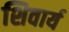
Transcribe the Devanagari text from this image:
शिवार्य